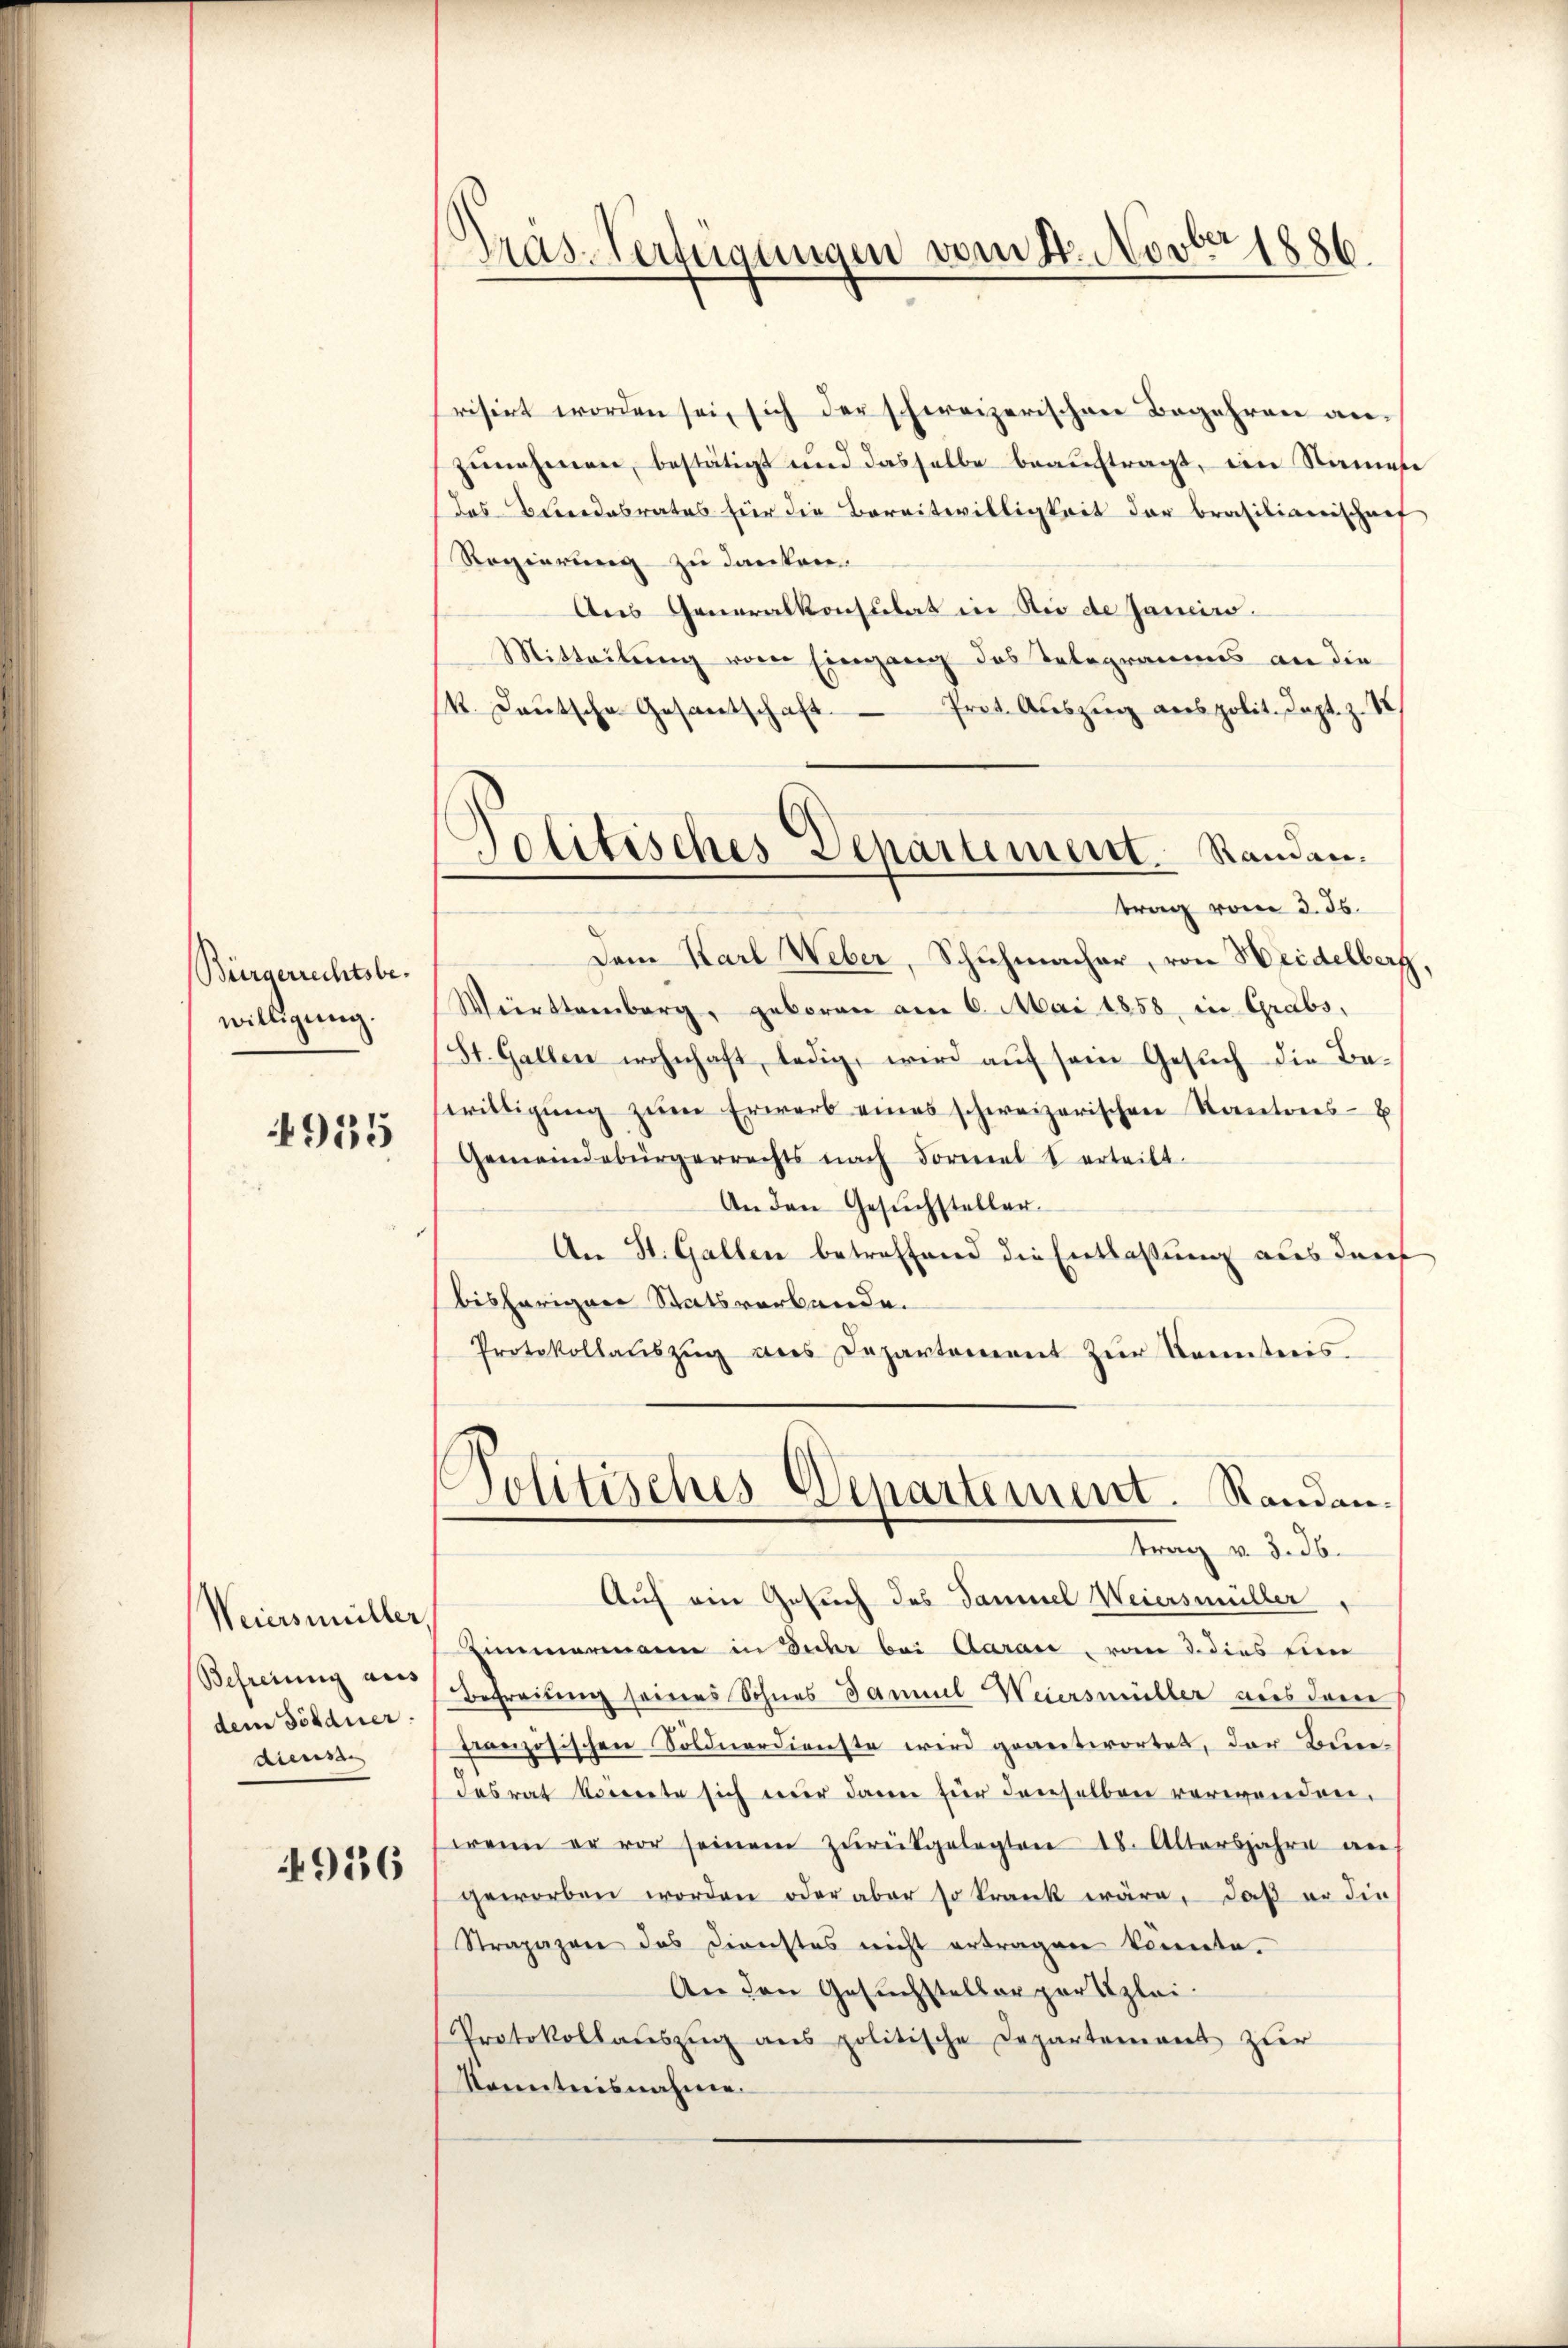
Bürgerrechtsbewilligung.

4955

Weiersmüller,
Befreiung aus
dem Söldner.
diens

4936

Gras-Verfügungen vom 4. Novber 1886.

Politisches Departement Standantrag vom 3. ds.

risirt worden sei, sich der schweizerischen Begehren anzŭnahmen, bestätigt und dasselbe beauftragt, ein Name
das Beidesrates für die Bereitwilligkeit der Brasilianischenf
Regierung zu danken.
Aus Generalkonsulat in die de Janeiro
Mitteilŭng vom Eingang des Telegramms an die
k. Laŭtsche Gesantschaft Prot. Aŭszŭg anspolit. Capt. z. S
Den Karl Weber, Schuhmacher, von Heidelberf
Weirttemberg, geboren am 6. Mai 1858, in Grabs,
St. Gallen wohnhaft, ledig, wird auf sein Gesuch die Beswilligŭng zŭm Erwerb eines schweizerischen Kantons-E
Gemeindebürgerrechts nach Formel terteilt.
An den Gesŭchsteller.
An St. Gallen betreffend die Entlassung aus der
bisherigen Statsverbande.
Protokollaŭszŭg des Departement zŭr Kenntnis
Politisches Departement. Randantrag v. d. d.
Auf ein Gesuch des Samuel Weiersmüller,
Eimmermann in Fuhr bei Aarau, vom 3. dies ein
Befreiung seines Sohnes Samuel Weiersmüller aus dem
französischen Söldnerdienste wird geantwortet, der Bun-
desrat keinete sich nur dann für dieselben verwenden,
wenn er vor seinem zŭrückgelegten 18. Altersjahre an
geworben worden oder aber so krank wäre, daß er die
Strapazen das Dienstes nicht ertragen konnte.
An den Gesuchsteller partizlei-
Protokollaŭszŭg ans politische Departement zur
Kenntnisnahme.